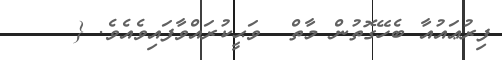
ފިރުޢައުއާ ބެހޭގޮތުން މާތް  ވަޙީކުރައްވާފައިވެއެވެ. {